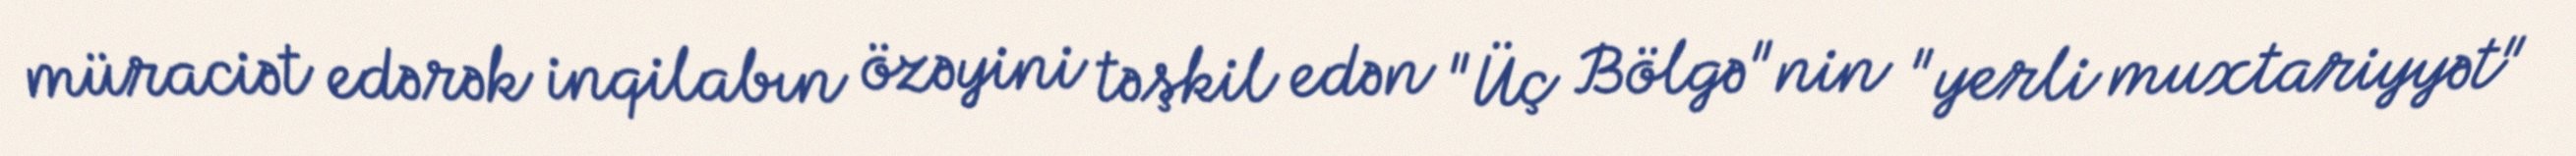
müraciət edərək inqilabın özəyini təşkil edən "Üç Bölgə"nin "yerli muxtariyyət"